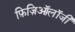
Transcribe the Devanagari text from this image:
फ़िज़िऑलॉजी